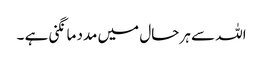
اللہ سے ہر حال میں مدد مانگنی ہے ۔